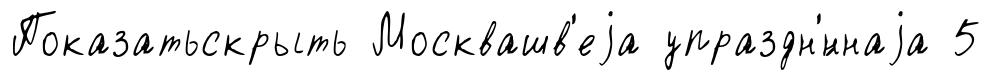
Показатьскрыть Москвашв'еjа упраздн'́ннаjа 5